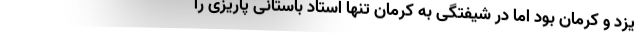
یزد و کرمان بود اما در شیفتگی به کرمان تنها استاد باستانی پاریزی را